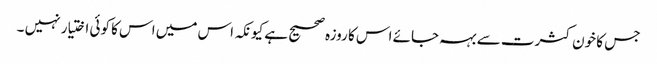
جس کا خون کثرت سے بہہ جائے اس کا روزہ صحیح ہے کیونکہ اس میں اس کا کوئی اختیار نہیں ۔